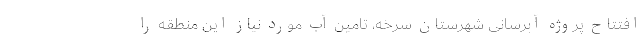
افتتاح پروژه آبرسانی شهرستان سرخه، تامین آب مورد نیاز این منطقه را